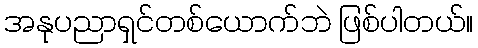
အနုပညာရှင်တစ်ယောက်ဘဲ ဖြစ်ပါတယ်။